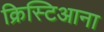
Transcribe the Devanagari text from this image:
क्रिस्टिआना